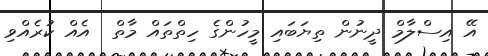
އޭ އިސްލާމް ދީނުން ތިޔަބައި މީހުންގެ ހިތްތައް މާތް  އެއް ކުރެއްވި